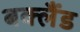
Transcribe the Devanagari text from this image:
बक्लैंड